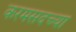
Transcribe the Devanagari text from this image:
करमसदच्या